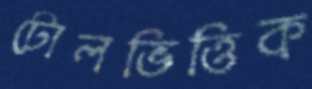
টোলভিত্তিক